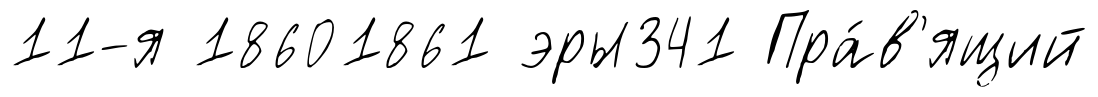
11-я 18601861 эры341 Пра́в'ящий